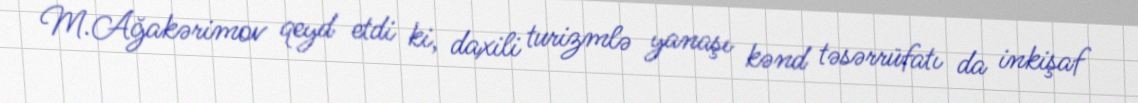
M.Ağakərimov qeyd etdi ki, daxili turizmlə yanaşı kənd təsərrüfatı da inkişaf